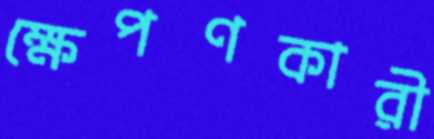
ক্ষেপণকারী